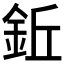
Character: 𫒒